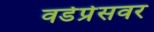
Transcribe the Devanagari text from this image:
वर्डप्रेसवर